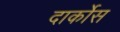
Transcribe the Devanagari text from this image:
दार्कोस